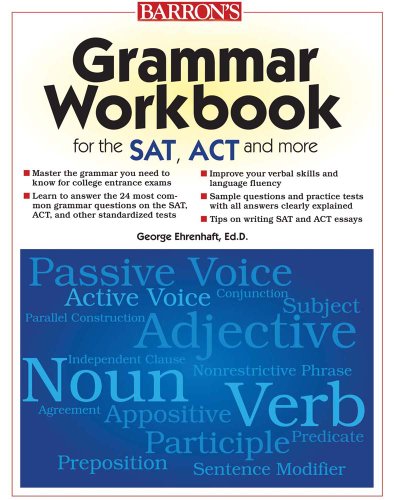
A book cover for Grammar Workbook for the SAT, ACT, and More; George Ehrenhaft Ed.D.; Test Preparation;